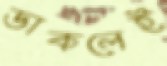
ডাকলেই